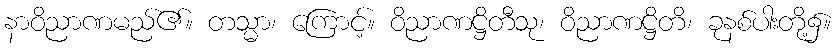
နာဝိညာဏမည်၏။ တသ္မာ၊ ကြောင့်။ ဝိညာဏဋ္ဌိတီသု၊ ဝိညာဏဋ္ဌိတိ၊ ခုနစ်ပါးတို့၌။